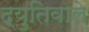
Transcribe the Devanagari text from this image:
द्युतिवाले